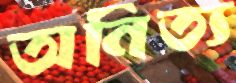
অনিত্য